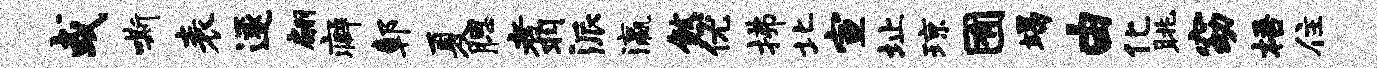
或嘶表遂翩癖鄣夏腮翥派瀛煞优拂北宣址琼囿竭由化眺窈梧住